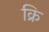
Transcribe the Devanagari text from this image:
क्रि